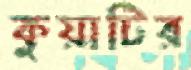
কুয়াটির